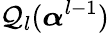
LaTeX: \mathcal{Q}_{l}(\boldsymbol{\alpha}^{l-1})